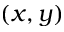
( x , y )